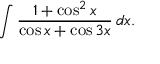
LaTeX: \int { \frac { 1 + \cos ^ { 2 } x } { \cos x + \cos 3 x } } \, d x .